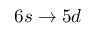
6 s \rightarrow 5 d